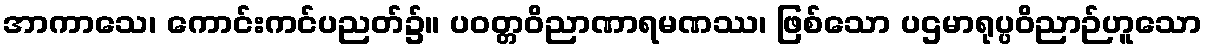
အာကာသေ၊ ကောင်းကင်ပညတ်၌။ ပဝတ္တဝိညာဏာရမဏဿ၊ ဖြစ်သော ပဌမာရုပ္ပဝိညာဉ်ဟူသော